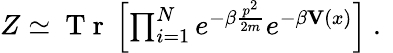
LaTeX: \begin{array}{r}{Z\simeq\mathrm{~T~r~}\left[\prod_{i=1}^{N}e^{-\beta\frac{p^{2}}{2m}}e^{-\beta{\mathbf{V}}(x)}\right]\mathrm{~.~}}\end{array}